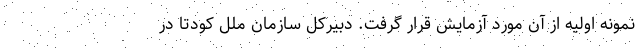
نمونه اولیه از آن مورد آزمایش قرار گرفت. دبیرکل سازمان ملل کودتا در